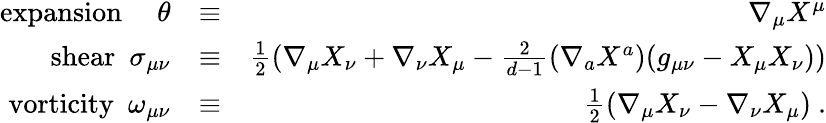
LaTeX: \begin{array}{rlr}{\textrm{expansion}\ \ \ \ \ \theta}&{\equiv}&{\nabla_{\mu}X^{\mu}}\\ {\textrm{shear}\ \ \sigma_{\mu\nu}}&{\equiv}&{\frac{1}{2}(\nabla_{\mu}X_{\nu}+\nabla_{\nu}X_{\mu}-\frac{2}{d-1}(\nabla_{a}X^{a})(g_{\mu\nu}-X_{\mu}X_{\nu}))}\\ {\textrm{vorticity}\ \ \omega_{\mu\nu}}&{\equiv}&{\frac{1}{2}\left(\nabla_{\mu}X_{\nu}-\nabla_{\nu}X_{\mu}\right)\ .}\end{array}